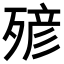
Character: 𣨹